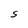
Character: I